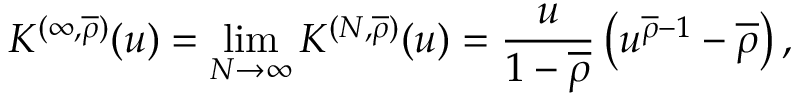
K ^ { ( \infty , \overline { { \rho } } ) } ( u ) = \operatorname* { l i m } _ { N \to \infty } { K ^ { ( N , \overline { { \rho } } ) } ( u ) } = \frac { u } { 1 - \overline { { \rho } } } \left( u ^ { \overline { { \rho } } - 1 } - \overline { { \rho } } \right) ,